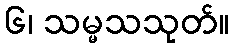
၆၊ သမ္မသသုတ်။